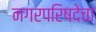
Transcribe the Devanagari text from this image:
नगरपरिषदेचा